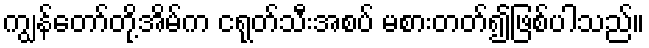
ကျွန်တော်တို့အိမ်က ငရုတ်သီးအစပ် မစားတတ်၍ဖြစ်ပါသည်။